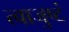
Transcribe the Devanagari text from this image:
त्वाजुष्टं